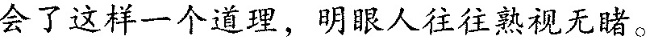
会了这样一个道理，明眼人往往熟视无睹。